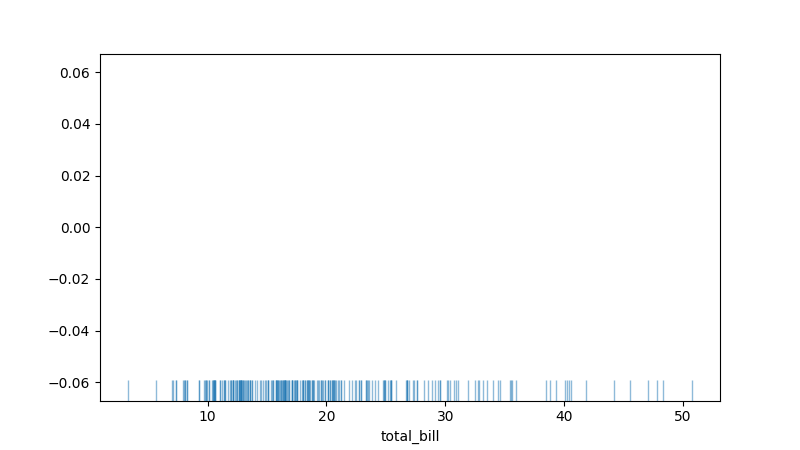
python, seaborn, rugplot, height=0.06, axis='x', alpha=0.5